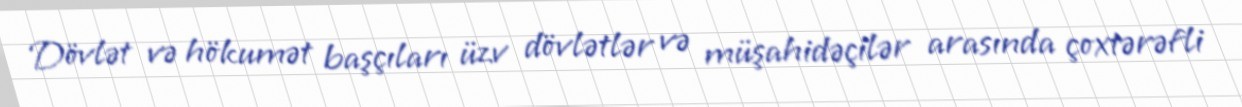
Dövlət və hökumət başçıları üzv dövlətlər və müşahidəçilər arasında çoxtərəfli